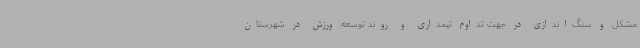
مشکل و سنگ‌اندازی در جهت تداوم تیمداری و روند توسعه ورزش در شهرستان